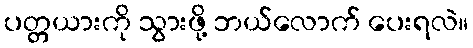
ပတ္တယားကို သွားဖို့ ဘယ်လောက် ပေးရလဲ။